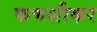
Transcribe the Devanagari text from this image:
फणशीकर